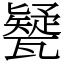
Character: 㽈